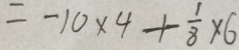
= - 1 0 \times 4 + \frac { 1 } { 8 } \times 6